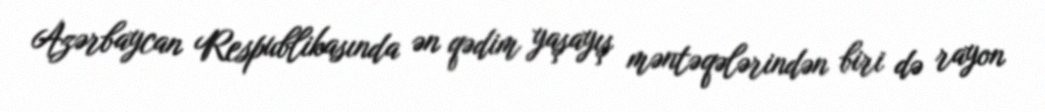
Azərbaycan Respublikasında ən qədim yaşayış məntəqələrindən biri də rayon